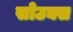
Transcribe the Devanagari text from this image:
सोउक्स